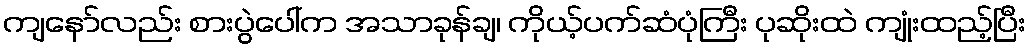
ကျနော်လည်း စားပွဲပေါ်က အသာခုန်ချ၊ ကိုယ့်ပက်ဆံပုံကြီး ပုဆိုးထဲ ကျုံးထည့်ပြီး